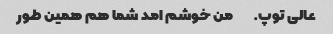
عالی توپ.        من خوشم امد شما هم همین طور